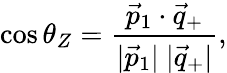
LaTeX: \cos\theta_{Z}={\frac{\vec{p}_{1}\cdot\vec{q}_{+}}{|\vec{p}_{1}|\ |\vec{q}_{+}|}},